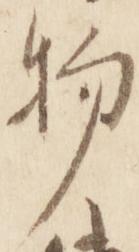
物